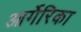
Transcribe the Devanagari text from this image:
आर्गेरिका